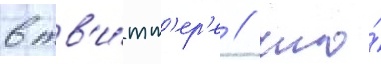
в тв'и́тт'ер'е / что́